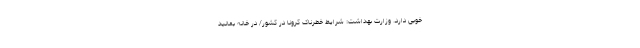
خوبی دارد. وزارت بهداشت: شرایط خطرناک کرونا در کشور/ در خانه بمانید